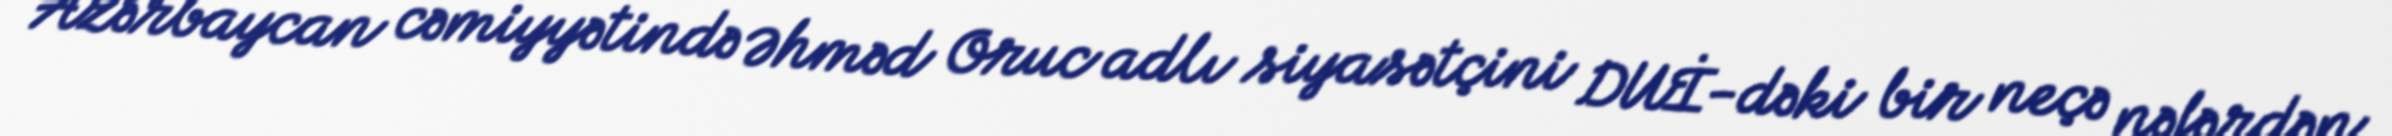
Azərbaycan cəmiyyətində Əhməd Oruc adlı siyasətçini DUİ-dəki bir neçə nəfərdən